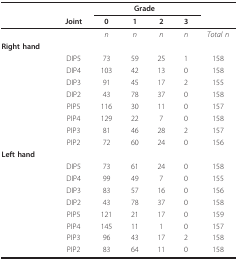
<table><thead><tr><td></td><td></td><td colspan="4"><b>Grade</b></td><td></td></tr><tr><td></td><td><b>Joint</b></td><td><b>0</b></td><td><b>1</b></td><td><b>2</b></td><td><b>3</b></td><td></td></tr></thead><tbody><tr><td></td><td></td><td><i>n</i></td><td><i>n</i></td><td><i>n</i></td><td><i>n</i></td><td><i>Total n</i></td></tr><tr><td><b>Right hand</b></td><td></td><td></td><td></td><td></td><td></td><td></td></tr><tr><td></td><td>DIP5</td><td>73</td><td>59</td><td>25</td><td>1</td><td>158</td></tr><tr><td></td><td>DIP4</td><td>103</td><td>42</td><td>13</td><td>0</td><td>158</td></tr><tr><td></td><td>DIP3</td><td>91</td><td>45</td><td>17</td><td>2</td><td>155</td></tr><tr><td></td><td>DIP2</td><td>43</td><td>78</td><td>37</td><td>0</td><td>158</td></tr><tr><td></td><td>PIP5</td><td>116</td><td>30</td><td>11</td><td>0</td><td>157</td></tr><tr><td></td><td>PIP4</td><td>129</td><td>22</td><td>7</td><td>0</td><td>158</td></tr><tr><td></td><td>PIP3</td><td>81</td><td>46</td><td>28</td><td>2</td><td>157</td></tr><tr><td></td><td>PIP2</td><td>72</td><td>60</td><td>24</td><td>0</td><td>156</td></tr><tr><td><b>Left hand</b></td><td></td><td></td><td></td><td></td><td></td><td></td></tr><tr><td></td><td>DIP5</td><td>73</td><td>61</td><td>24</td><td>0</td><td>158</td></tr><tr><td></td><td>DIP4</td><td>99</td><td>49</td><td>7</td><td>0</td><td>155</td></tr><tr><td></td><td>DIP3</td><td>83</td><td>57</td><td>16</td><td>0</td><td>156</td></tr><tr><td></td><td>DIP2</td><td>43</td><td>78</td><td>37</td><td>0</td><td>158</td></tr><tr><td></td><td>PIP5</td><td>121</td><td>21</td><td>17</td><td>0</td><td>159</td></tr><tr><td></td><td>PIP4</td><td>145</td><td>11</td><td>1</td><td>0</td><td>157</td></tr><tr><td></td><td>PIP3</td><td>96</td><td>43</td><td>17</td><td>2</td><td>158</td></tr><tr><td></td><td>PIP2</td><td>83</td><td>64</td><td>11</td><td>0</td><td>158</td></tr></tbody></table>